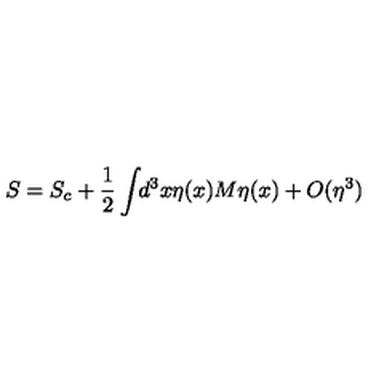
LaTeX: S = S _ { c } + \frac { 1 } { 2 } \int \! \! d ^ { 3 } x \eta ( x ) M \eta ( x ) + O ( \eta ^ { 3 } )